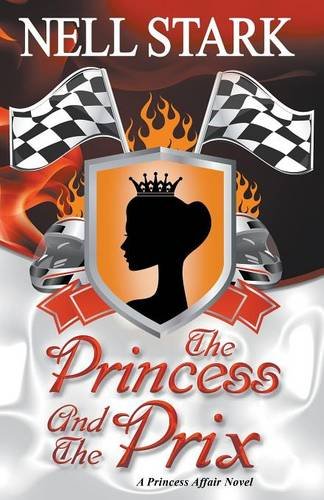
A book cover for The Princess and the Prix; Nell Stark; Romance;